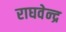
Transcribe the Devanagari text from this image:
राघवेन्‍द्र